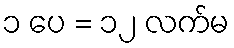
၁ ပေ = ၁၂ လက်မ